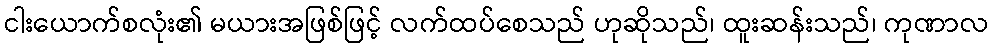
ငါးယောက်စလုံး၏ မယားအဖြစ်ဖြင့် လက်ထပ်စေသည် ဟုဆိုသည်၊ ထူးဆန်းသည်၊ ကုဏာလ